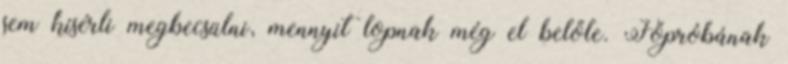
sem kísérli megbecsülni, mennyit lopnak még el belőle. Főpróbának